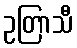
ဥတြာသီ